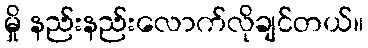
မှို နည်းနည်းလောက်လိုချင်တယ်။